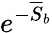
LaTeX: e^{-\overline{{S}}_{b}}